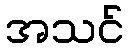
အသင်